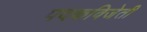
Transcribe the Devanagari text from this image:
पदकविजेती